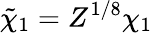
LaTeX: \tilde{\chi}_{1}=Z^{1/8}\chi_{1}